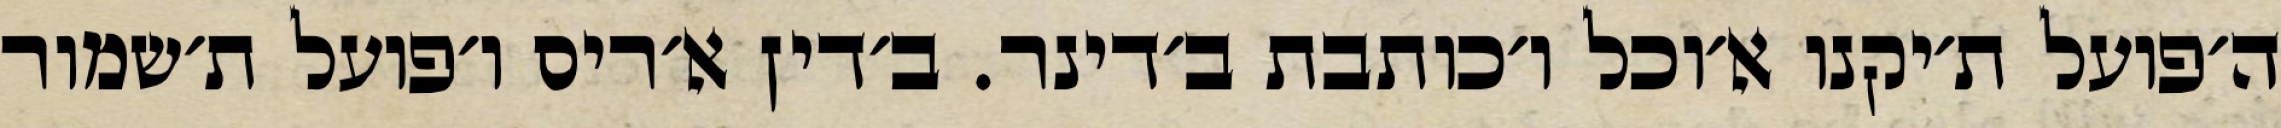
ה׳פועל ת׳יקנו א׳וכל ו׳כותבת ב׳דינר. ב׳דין א׳ריס ו׳פועל ת׳שמור